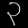
Digit: ၃